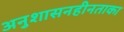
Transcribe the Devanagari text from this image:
अनुशासनहीनताका